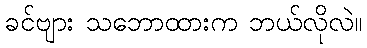
ခင်ဗျား သဘောထားက ဘယ်လိုလဲ။